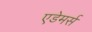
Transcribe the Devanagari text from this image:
एडेमर्स